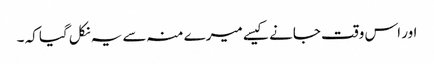
اور اس وقت جانے کیسے میرے منہ سے یہ نکل گیا کہ ۔